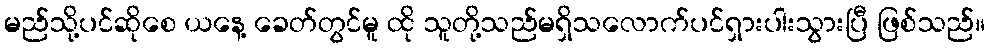
မည်သို့ပင်ဆိုစေ ယနေ့ ခေတ်တွင်မူ ထို သူတို့သည်မရှိသလောက်ပင်ရှားပါးသွားပြီ ဖြစ်သည်။